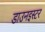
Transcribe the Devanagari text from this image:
डाउनइस्टर